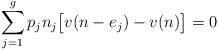
LaTeX: \begin{align*}\sum_{j=1}^g p_j n_j \big[v(n - e_j) - v(n)\big] = 0\end{align*}